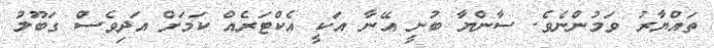
ތައްޔާރު ވަމުންނެވެ. ސާންޔާ ބުނީ އޭނާ އަކީ އެކްޓަރެއް ކަމަށް އަދިވެސް ގަބޫލު